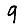
Digit: 9